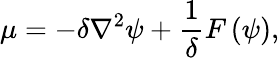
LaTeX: \mu=-\delta\nabla^{2}\psi+\frac{1}{\delta}F\left(\psi\right),